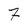
Character: 7